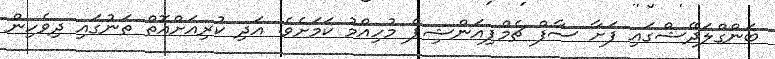
ބަންގްލަދޭޝްގައި ފަށާ ސާފް ޗެމްޕިއަންޝިޕް މުހިއްމު ކަމަށެވެ. އަދި ކުރިއަށްއޮތް ތަނުގައި ދިވެހިން